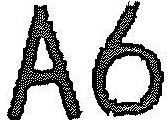
A6